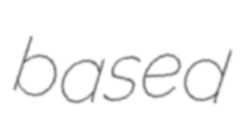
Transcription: based